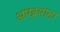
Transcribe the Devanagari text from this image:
आख्याता